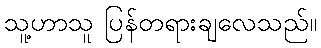
သူ့ဟာသူ ပြန်တရားချလေသည်။